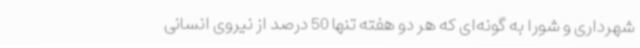
شهرداری و شورا به گونه‌ای که هر دو هفته تنها 50 درصد از نیروی انسانی